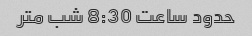
حدود ساعت 8:30 شب متر